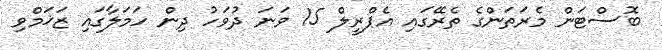
ބޮސްޓަން މެރަތަންގެ ތެރޭގައި އެޕްރީލް 15 ވަނަ ދުވަހު ދިން ހަމަލާގައި ޒަޚަމްވި